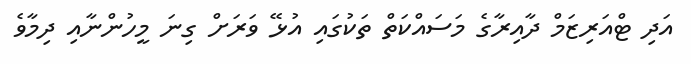
އަދި ޓްއަރިޒަމް ދާއިރާގެ މަސައްކަތް ތަކުގައި އުޅޭ ވަރަށް ގިނަ މީހުންނާއި ދިމާވެ